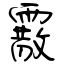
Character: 霰